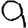
Digit: 9